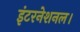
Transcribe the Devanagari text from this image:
इंटरनेशनल।